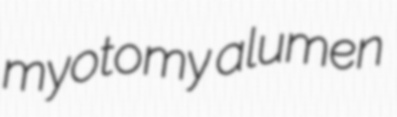
myotomy alumen